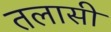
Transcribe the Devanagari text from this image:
तलासी